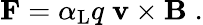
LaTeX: \mathbf{F}=\alpha_{\mathrm{{L}}}q\; \mathbf{v}\times\mathbf{B}\; .